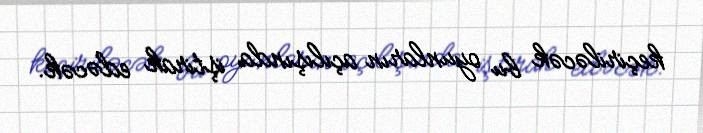
keçiriləcək bu oyunların açılışında iştirak edəcək.